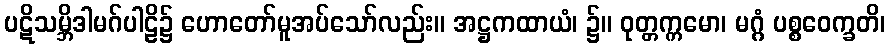
ပဋိသမ္ဘိဒါမဂ်ပါဠိ၌ ဟောတော်မူအပ်သော်လည်း။ အဋ္ဌကထာယံ၊ ၌။ ဝုတ္တက္ကမော၊ မဂ္ဂံ ပစ္စဝေက္ခတိ၊